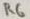
Text: R6